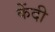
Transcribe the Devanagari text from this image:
केंदी